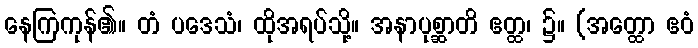
နေကြကုန်၏။ တံ ပဒေသံ၊ ထိုအရပ်သို့။ အနာပုစ္ဆာတိ ဧတ္ထ၊ ၌။ (အတ္ထော ဧဝံ